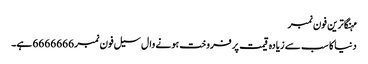
مہنگاترین فون نمبر
دنیا کا سب سے زیادہ قیمت پر فروخت ہونے وال سیل فون نمبر 6666666 ہے۔